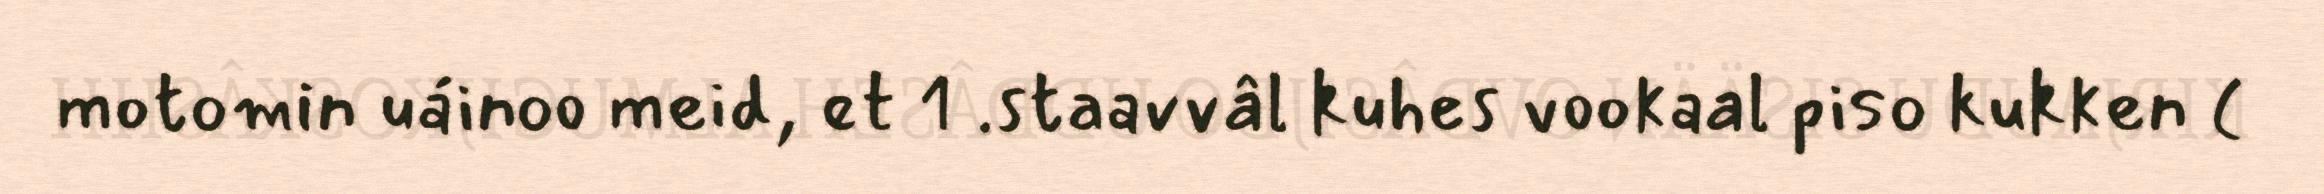
motomin uáinoo meid, et 1 .staavvâl kuhes vookaal piso kukken (